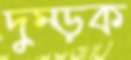
দুম্‌ড়ক